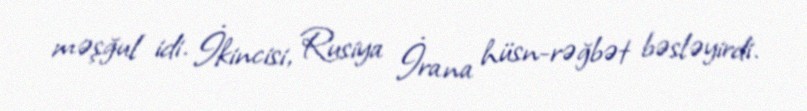
məşğul idi. İkincisi, Rusiya İrana hüsn-rəğbət bəsləyirdi.